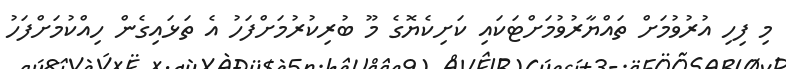
މި ފިހި އުރުވުމަށް ތައްޔާރުވުމަށްޓަކައި ކަށިކެޔޮގެ މޫ ބުރިކުރުމަށްފަހު އެ ތަޅައިގެން ހިއްކުމަށްފަހު